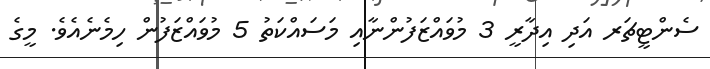
ސެންޓީޗަރ އަދި އިދާރީ 3 މުވައްޒަފުންނާއި މަސައްކަތު 5 މުވައްޒަފުން ހިމެނެއެވެ. މީގެ